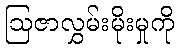
ဩဇာလွှမ်းမိုးမှုကို